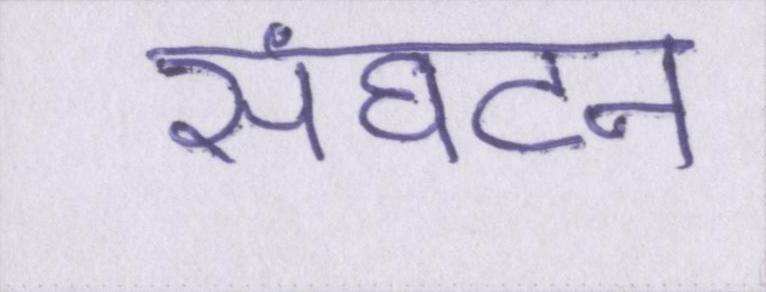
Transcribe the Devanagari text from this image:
संघटन